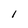
Character: 1